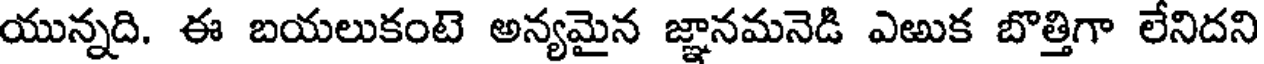
యున్నది. ఈ బయలుకంటె అన్యమైన జ్ఞానమనెడి ఎఱుక బొత్తిగా లేనిదని